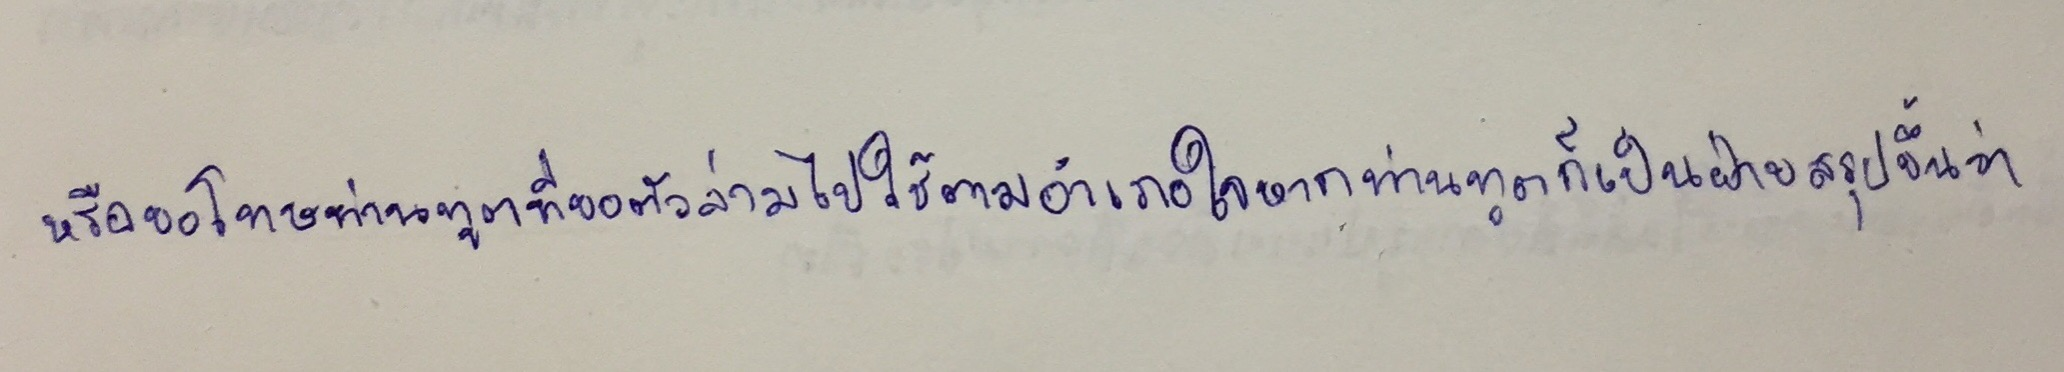
หรือขอโทษท่านทูตที่ขอตัวล่ามไปใช้ตามอำเภอใจหากท่านทูตก็เป็นฝ่ายสรุปขึ้นว่า